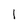
Character: 1